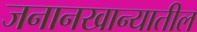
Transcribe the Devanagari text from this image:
जनानखान्यातील